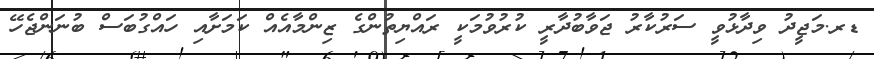
ޑރ.މަޖީދު ވިދާޅުވީ ސަރުކާރު ޖަވާބުދާރީ ކުރުވުމަކީ ރައްޔިތުންގެ ޒިންމާއެއް ކަމަށާއި ހައްގުބަސް ބުނަންޖެހޭ